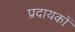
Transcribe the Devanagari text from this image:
प्रदायकों